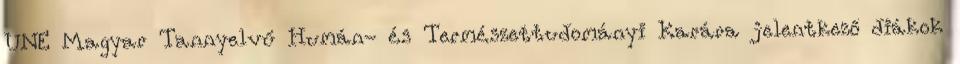
UNE Magyar Tannyelvű Humán- és Természettudományi Karára jelentkező diákok